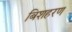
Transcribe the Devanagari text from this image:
बिशहरण